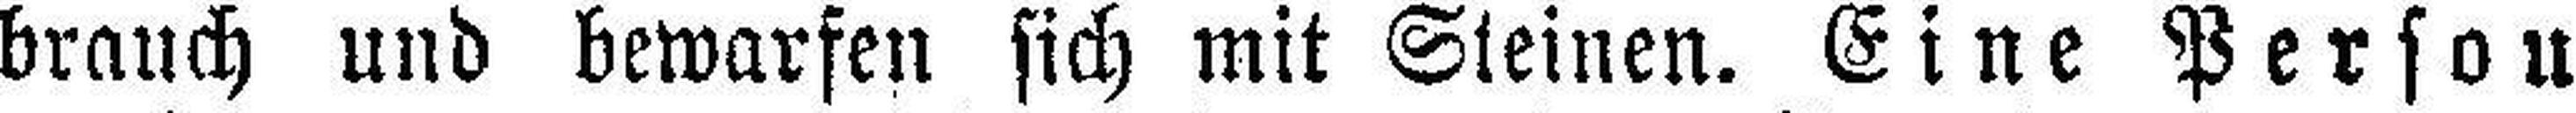
brauch und bewarfen sich mit Steinen. Eine Person